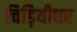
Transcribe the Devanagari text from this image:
चिड़ियीघर